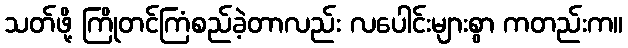
သတ်ဖို့ ကြိုတင်ကြံစည်ခဲ့တာလည်း လပေါင်းများစွာ ကတည်းက။